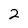
Character: 2